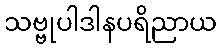
သဗ္ဗုပါဒါနပရိညာယ